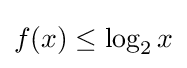
f(x)\leq \log _{2}x